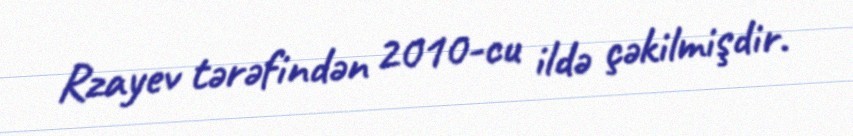
Rzayev tərəfindən 2010-cu ildə çəkilmişdir.